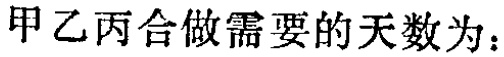
甲乙丙合做需要的天数为：